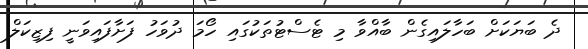
ދެ ބަޔަކަށް ބަހާލައިގެން ބާއްވާ މި ޓެސްޓުތަކުގައި ހޯމަ ދުވަހު ފަށާފައިވަނީ ފިޒިކަލް